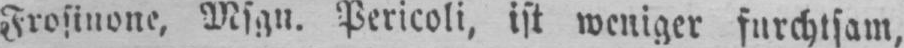
Frosinone, Msgn. Pericoli, ist weniger furchtsam,